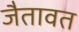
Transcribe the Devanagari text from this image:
जैतावत